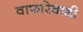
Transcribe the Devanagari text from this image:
वाफारेवाडी